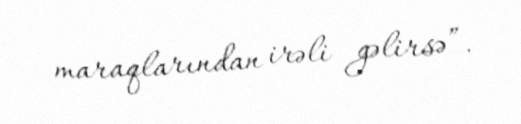
maraqlarından irəli gəlirsə”.